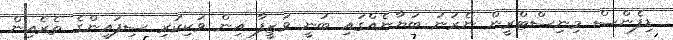
ޑިފެންސް މިނިސްޓްރީން ނެރުނު ބަޔާނެއްގައި ބުނީ ވަޒީފާ އިން ވަކިކުރި ސިފައިންގެ ތެރެއިން